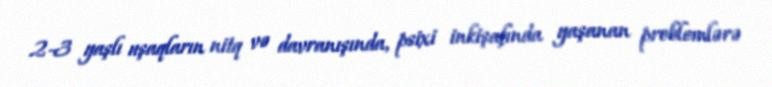
2-3 yaşlı uşaqların nitq və davranışında, psixi inkişafında yaşanan problemlərə